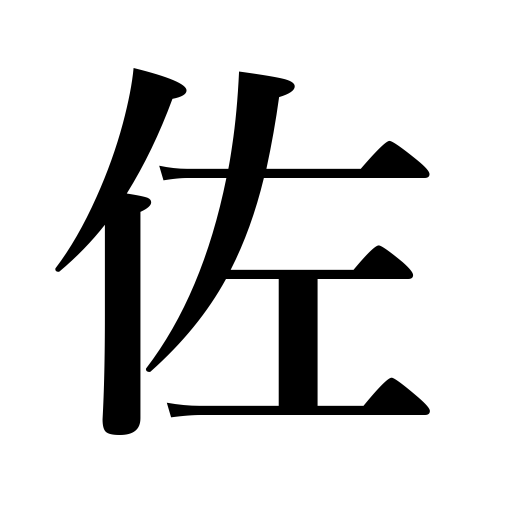
Meanings: help